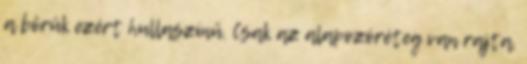
a bőrük ezért hullaszínű. Csak az alapozóréteg van rajta.